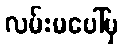
လမ်းမပေါ်မှ